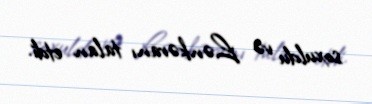
soxuldu və Lənkəranı talan etdi.